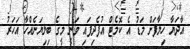
އާދަޔާ ހިލާފަށް މަޑު އެ ކޮމެޓް އުފެދިފައި ވަނީ މީގެ ބިލިޔަނެއްހާ އަހަރު